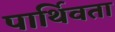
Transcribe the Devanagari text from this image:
पार्थिवता